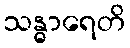
သန္ဓာရေတိ